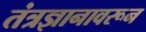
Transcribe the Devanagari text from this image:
तंत्रज्ञानावरून